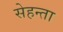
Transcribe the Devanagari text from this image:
सेहन्‍ता